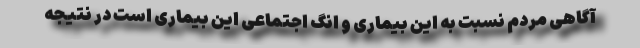
آگاهی مردم نسبت به این بیماری و انگ اجتماعی این بیماری است در نتیجه